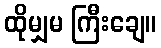
ထိုမျှမ ကြီးချေ။